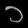
Digit: ၁